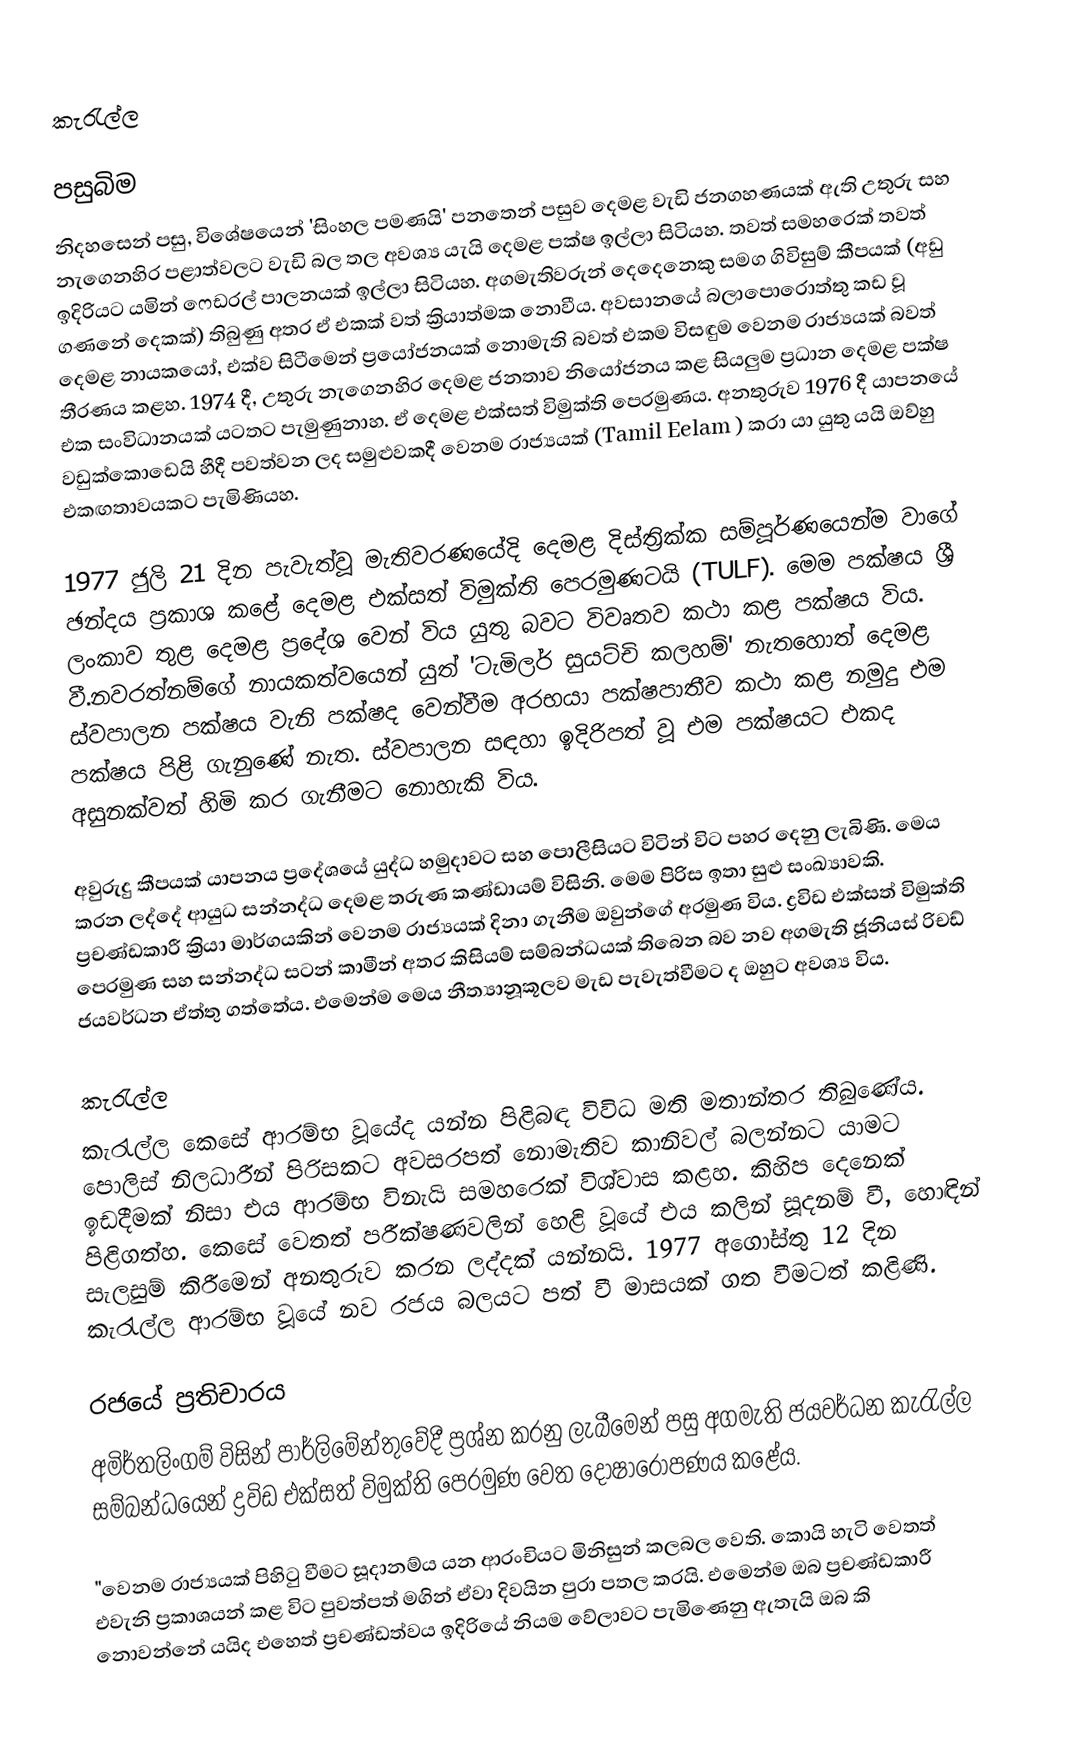
කැරැල්ල

පසුබිම
නිදහසෙන් පසු, විශේෂයෙන් 'සිංහල පමණයි' පනතෙන් පසුව දෙමළ වැඩි ජනගහණයක් ඇති උතුරු සහ නැගෙනහිර පළාත්වලට වැඩි බල තල අවශ්‍ය යැයි දෙමළ පක්ෂ ඉල්ලා සිටියහ. තවත් සමහරෙක් තවත් ඉදිරියට යමින් ෆෙඩරල් පාලනයක් ඉල්ලා සිටියහ. අගමැතිවරුන් දෙදෙනෙකු සමග ගිවිසුම් කීපයක් (අඩු ගණනේ දෙකක්) තිබුණු අතර ඒ එකක් වත් ක්‍රියාත්මක නොවීය. අවසානයේ බලාපොරොත්තු කඩ වූ දෙමළ නායකයෝ, එක්ව සිටීමෙන් ප්‍රයෝජනයක් නොමැති බවත් එකම විසඳුම වෙනම රාජ්‍යයක් බවත් තීරණය කළහ. 1974 දී, උතුරු නැගෙනහිර දෙමළ ජනතාව නියෝජනය කළ සියලුම ප්‍රධාන දෙමළ පක්ෂ එක සංවිධානයක් යටතට පැමුණුනාහ. ඒ දෙමළ එක්සත් විමුක්ති පෙරමුණය. අනතුරුව 1976 දී යාපනයේ වඩුක්කොඩෙයි හීදී පවත්වන ලද සමුළුවකදී වෙනම රාජ්‍යයක් (Tamil Eelam ) කරා යා යුතු යයි ඔව්හු එකඟතාවයකට පැමිණියහ.

1977 ජුලි 21 දින පැවැත්වූ මැතිවරණයේදි දෙමළ දිස්ත්‍රික්ක සම්පූර්ණයෙන්ම වාගේ ඡන්දය ප්‍රකාශ කළේ දෙමළ එක්සත් විමුක්ති පෙරමුණටයි (TULF). මෙම පක්ෂය ශ්‍රී ලංකාව තුළ දෙමළ ප්‍රදේශ වෙන් විය යුතු බවට විවෘතව කථා කළ පක්ෂය විය. වී.නවරත්නම්ගේ නායකත්වයෙන් යුත් 'ටැමිලර් සුයට්චි කලහම්' නැතහොත් දෙමළ ස්වපාලන පක්ෂය වැනි පක්ෂද වෙන්වීම අරභයා පක්ෂපාතීව කථා කළ නමුදු එම පක්ෂය පිළි ගැනුණේ නැත. ස්වපාලන සඳහා ඉදිරිපත් වූ එම පක්ෂයට එකද අසුනක්වත් හිමි කර ගැනීමට නොහැකි විය.

අවුරුදු කීපයක් යාපනය ප්‍රදේශයේ යුද්ධ හමුදාවට සහ පොලීසියට විටින් විට පහර දෙනු ලැබිණි. මෙය කරන ලද්දේ ආයුධ සන්නද්ධ දෙමළ තරුණ කණ්ඩායම් විසිනි. මෙම පිරිස ඉතා සුළු සංඛ්‍යාවකි. ප්‍රචණ්ඩකාරී ක්‍රියා මාර්ගයකින් වෙනම රාජ්‍යයක් දිනා ගැනීම ඔවුන්ගේ අරමුණ විය. ද්‍රවිඩ එක්සත් විමුක්ති පෙරමුණ සහ සන්නද්ධ සටන් කාමීන් අතර කිසියම් සම්බන්ධයක් තිබෙන බව නව අගමැති ජූනියස් රිචඩ් ජයවර්ධන ඒත්තු ගත්තේය. එමෙන්ම මෙය නීත්‍යානූකූලව මැඩ පැවැත්වීමට ද ඔහුට අවශ්‍ය විය.

කැරැල්ල
කැරැල්ල කෙසේ ආරම්භ වූයේද යන්න පිළිබඳ විවිධ මති මතාන්තර තිබුණේය. පොලිස් නිලධාරීන් පිරිසකට අවසරපත් නොමැතිව කානිවල් බලන්නට යාමට ඉඩදීමක් නිසා එය ආරම්භ විනැයි සමහරෙක් විශ්වාස කළහ. කිහිප දෙනෙක් පිළිගත්හ. කෙසේ වෙතත් පරීක්ෂණවලින් හෙළි වූයේ එය කලින් සූදනම් වී, හොඳින් සැලසුම් කිරීමෙන් අනතුරුව කරන ලද්දක් යන්නයි. 1977 අගෝස්තු 12 දින කැරැල්ල ආරම්භ වූයේ නව රජය බලයට පත් වී මාසයක් ගත වීමටත් කළිණි.

රජයේ ප්‍රතිචාරය
අමිර්තලිංගම් විසින් පාර්ලිමේන්තුවේදී ප්‍රශ්න කරනු ලැබීමෙන් පසු අගමැති ජයවර්ධන කැරැල්ල සම්බන්ධයෙන් ද්‍රවිඩ එක්සත් විමුක්ති පෙරමුණ වෙත දෝෂාරෝපණය කළේය.

"වෙනම රාජ්‍යයක් පිහිටු වීමට සූදානම්ය යන ආරංචියට මිනිසුන් කලබල වෙති. කොයි හැටි වෙතත් එවැනි ප්‍රකාශයන් කළ විට පුවත්පත් මගින් ඒවා දිවයින පුරා පතල කරයි. එමෙන්ම ඔබ ප්‍රචණ්ඩකාරී නොවන්නේ යයිද එහෙත් ප්‍රචණ්ඩත්වය ඉදිරියේ නියම වේලාවට පැමිණෙනු ඇතැයි ඔබ කි